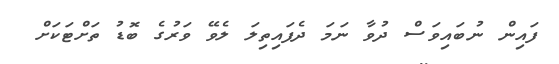
ފައިން ނުބައިވަސް ދުވާ ނަމަ ދެފައިތިލަ ލެވޭ ވަރުގެ ބޮޑު ތަށްޓަކަށް